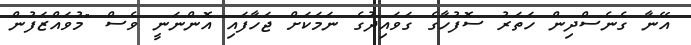
އޭނާ ގެނެސްދިން ހަތަރު ސޮފުހާގެ ގަވައިދުގެ ނަމަކަށް ޖަހާފައި އޮންނަނީ ވެސް "މުވައްޒަފުން